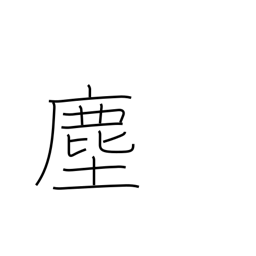
Meaning: dust